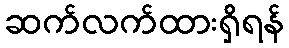
ဆက်လက်ထားရှိရန်